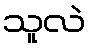
သူလဲ